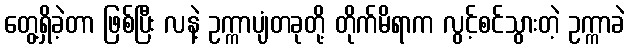
တွေ့ရှိခဲ့တာ ဖြစ်ပြီး လနဲ့ ဥက္ကာပျံတခုတို့ တိုက်မိရာက လွင့်စင်သွားတဲ့ ဥက္ကာခဲ